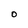
Character: O